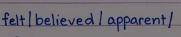
felt / believed / apparent /